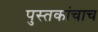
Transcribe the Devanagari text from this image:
पुस्तकांचाच